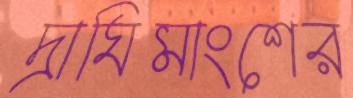
দ্রাঘিমাংশের